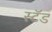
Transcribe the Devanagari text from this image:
स्‍टॅड